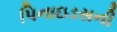
પિનાઇડસની